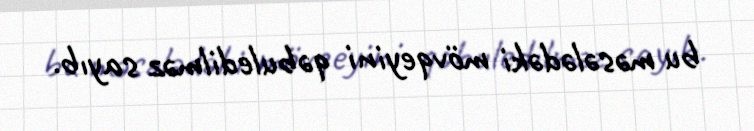
bu məsələdəki mövqeyini qəbuledilməz sayıb.